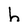
Character: h